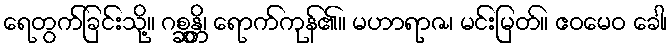
ရေတွက်ခြင်းသို့။ ဂစ္ဆန္တိ၊ ရောက်ကုန်၏။ မဟာရာဇ၊ မင်းမြတ်။ ဧဝမေဝ ခေါ၊